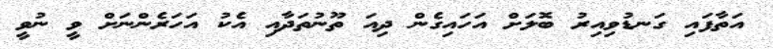
އަތާފައި ގަނޑުވިއިރު ބޮލަށް އަހައިގެން ދިއަ ތޫނުތަދާއި އެކު އަހަރެންނަށް ވީ ނުވީ